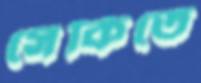
সেকিতে